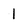
Character: 1